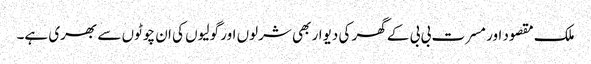
ملک مقصود اور مسرت بی بی کے گھر کی دیوار بھی شرلوں اور گولیوں کی ان چوٹوں سے بھری ہے۔